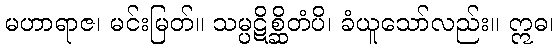
မဟာရာဇ၊ မင်းမြတ်။ သမ္ပဋိစ္ဆိတံပိ၊ ခံယူသော်လည်း။ ဣဓ၊